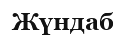
Жүндаб